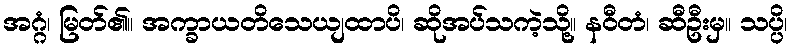
အဂ္ဂံ၊ မြတ်၏။ အက္ခာယတိသေယျထာပိ၊ ဆိုအပ်သကဲ့သို့။ နဝီတံ၊ ဆီဦးမှ။ သပ္ပိ၊